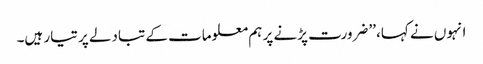
انہوں نے کہا، ’’ضرورت پڑنے پر ہم معلومات کے تبادلے پر تیار ہیں۔